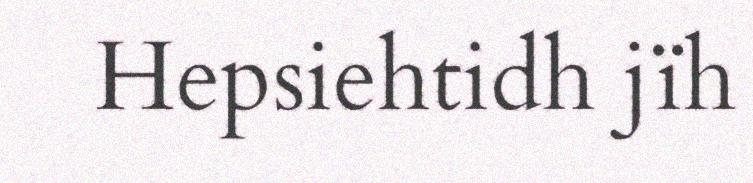
Hepsiehtidh jïh